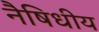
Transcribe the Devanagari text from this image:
नैषिधीय